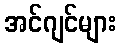
အင်ဂျင်များ